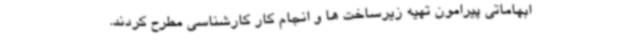
ابهاماتی پیرامون تهیه زیرساخت ها و انجام کار کارشناسی مطرح کردند.